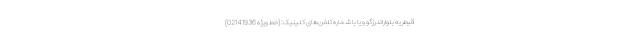
قیطریه بلواراندرزگو و یا با شماره تلفن‌های کلینیک: (خط ویژه 02141936)